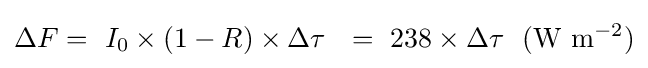
\Delta F=~I_{0}\times (1-R)\times \Delta \tau ~~=~238\times \Delta \tau ~~(\mathrm {W} ~\mathrm {m} ^{-2})